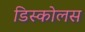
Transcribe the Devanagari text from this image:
डिस्कोलस